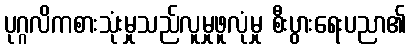
ပုဂ္ဂလိကစားသုံးမှုသည်လူမှုဖူလုံမှု စီးပွားရေးပညာ၏